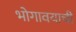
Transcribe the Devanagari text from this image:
भोगावयाची